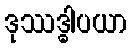
ဒုဿဒ္ဓါပယာ